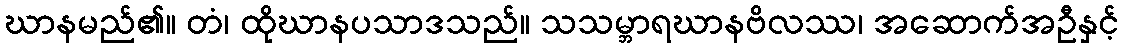
ဃာနမည်၏။ တံ၊ ထိုဃာနပသာဒသည်။ သသမ္ဘာရဃာနဗိလဿ၊ အဆောက်အဦနှင့်